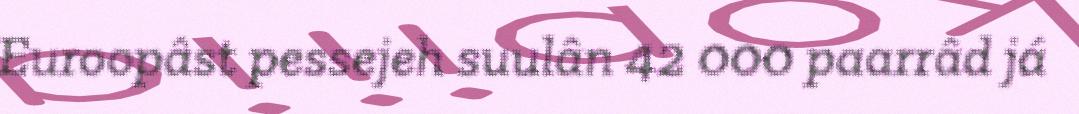
Euroopâst pessejeh suulân 42 000 paarrâd já